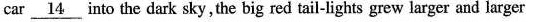
car \underline{14} nto the dark sky, the big red tail-lights grew larger and larger